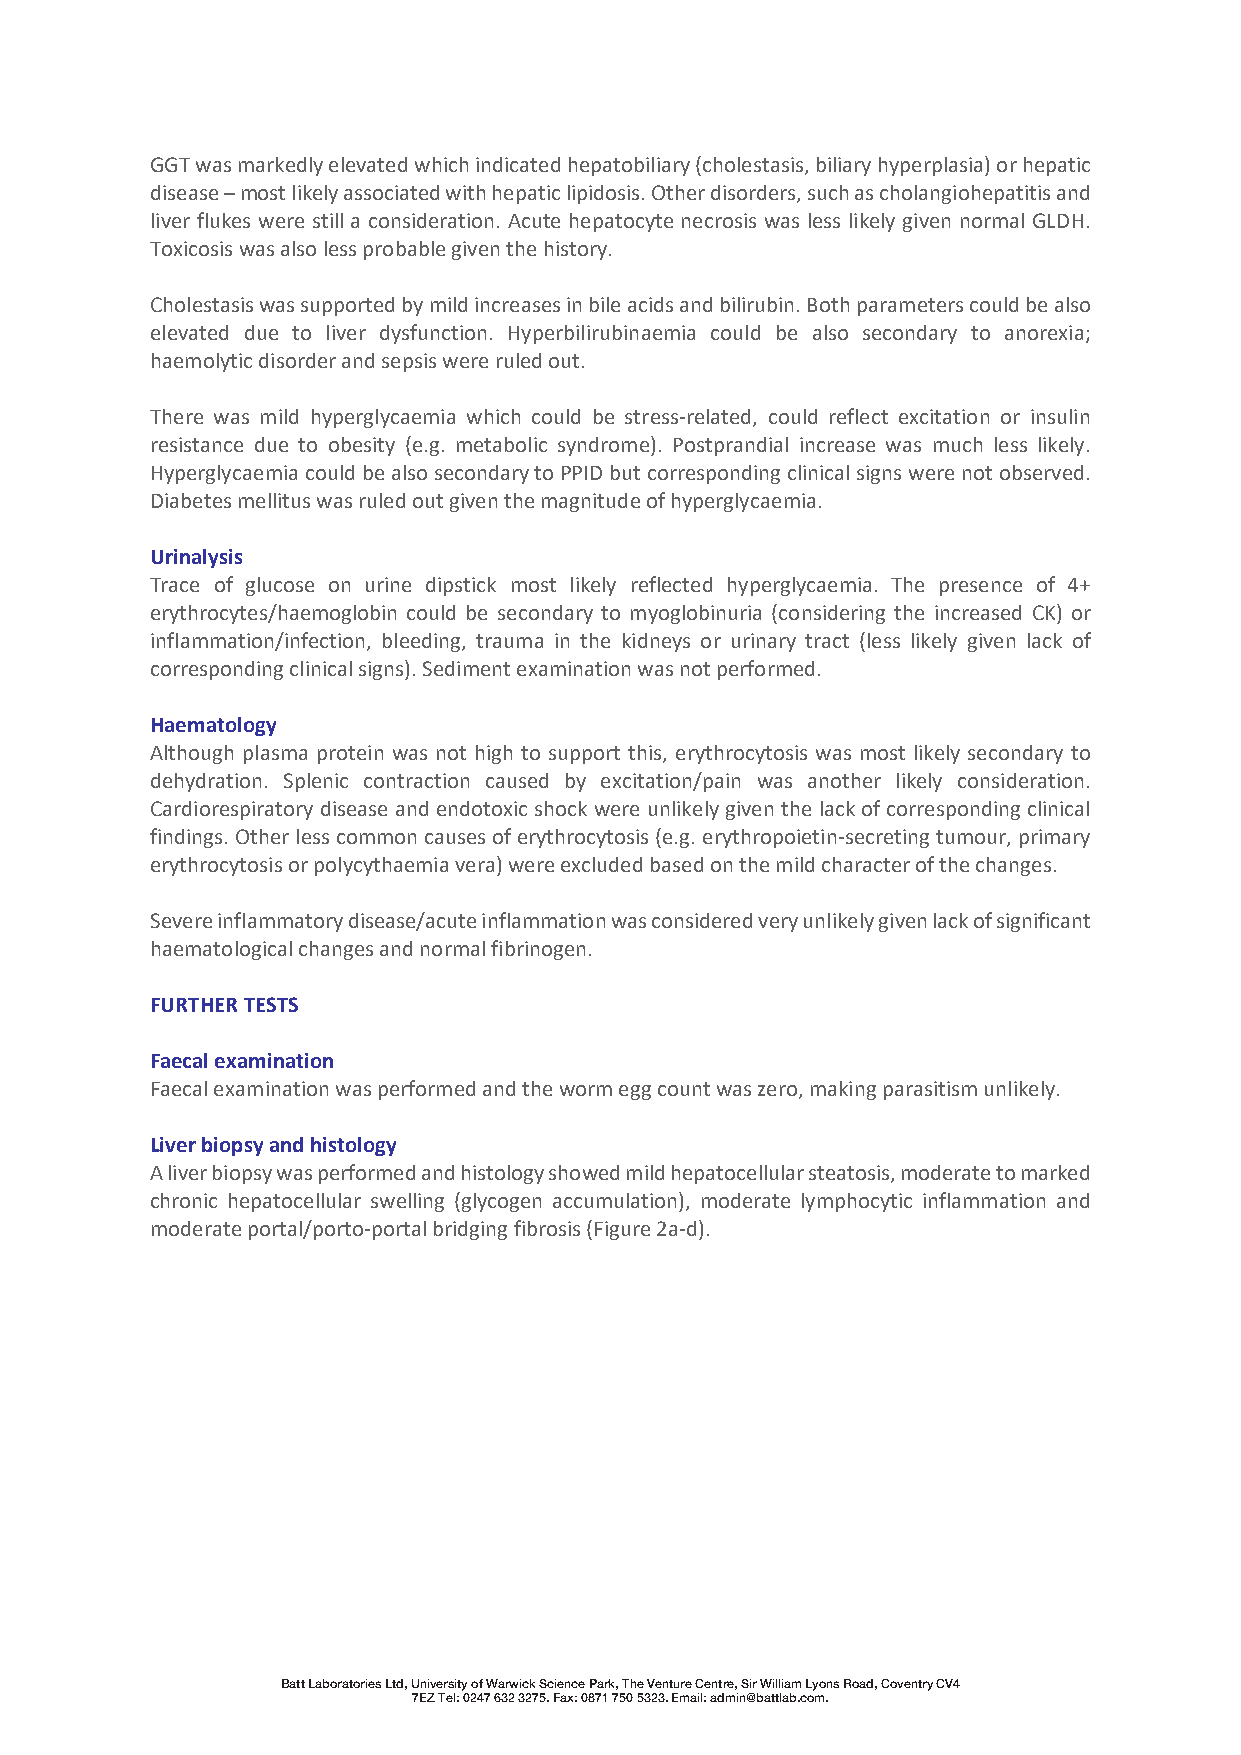
GGT was markedly elevated which indicated hepatobiliary (cholestasis, biliary hyperplasia) or hepatic
 disease – most likely associated with hepatic lipidosis. Other disorders, such as cholangiohepatitis and
 liver flukes were still a consideration. Acute hepatocyte necrosis was less likely given normal GLDH.
 Toxicosis was also less probable given the history.
 Cholestasis was supported by mild increases in bile acids and bilirubin. Both parameters could be also
 elevated due to liver dysfunction. Hyperbilirubinaemia could be also secondary to anorexia;
 haemolytic disorder and sepsis were ruled out.
 There was mild hyperglycaemia which could be stress-related, could reflect excitation or insulin
 resistance due to obesity (e.g. metabolic syndrome). Postprandial increase was much less likely.
 Hyperglycaemia could be also secondary to PPID but corresponding clinical signs were not observed.
 Diabetes mellitus was ruled out given the magnitude of hyperglycaemia.
 Urinalysis
 Trace of glucose on urine dipstick most likely reflected hyperglycaemia. The presence of 4+
 erythrocytes/haemoglobin could be secondary to myoglobinuria (considering the increased CK) or
 inflammation/infection, bleeding, trauma in the kidneys or urinary tract (less likely given lack of
 corresponding clinical signs). Sediment examination was not performed.
 Haematology
 Although plasma protein was not high to support this, erythrocytosis was most likely secondary to
 dehydration. Splenic contraction caused by excitation/pain was another likely consideration.
 Cardiorespiratory disease and endotoxic shock were unlikely given the lack of corresponding clinical
 findings. Other less common causes of erythrocytosis (e.g. erythropoietin-secreting tumour, primary
 erythrocytosis or polycythaemia vera) were excluded based on the mild character of the changes.
 Severe inflammatory disease/acute inflammation was considered very unlikely given lack of significant
 haematological changes and normal fibrinogen.
 FURTHER TESTS
 Faecal examination
 Faecal examination was performed and the worm egg count was zero, making parasitism unlikely.
 Liver biopsy and histology
 A liver biopsy was performed and histology showed mild hepatocellular steatosis, moderate to marked
 chronic hepatocellular swelling (glycogen accumulation), moderate lymphocytic inflammation and
 moderate portal/porto-portal bridging fibrosis (Figure 2a-d).
 Batt Laboratories Ltd, University of Warwick Science Park, The Venture Centre, Sir William Lyons Road, Coventry CV4
 7EZ Tel: 0247 632 3275. Fax: 0871 750 5323. Email: admin@battlab.com.